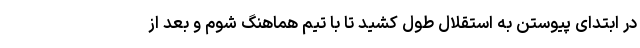
در ابتدای پیوستن به استقلال طول کشید تا با تیم هماهنگ شوم و بعد از